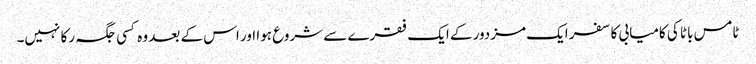
ٹامس باٹا کی کامیابی کا سفر ایک مزدور کے ایک فقرے سے شروع ہوا اور اس کے بعد وہ کسی جگہ رکا نہیں۔